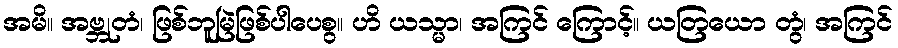
အမိ။ အဗ္ဘုတံ၊ ဖြစ်ဘူမြဲဖြစ်ပါပေစွ။ ဟိ ယသ္မာ၊ အကြင် ကြောင့်။ ယတြယော တွံ၊ အကြင်